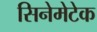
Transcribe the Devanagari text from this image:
सिनेमेटेक